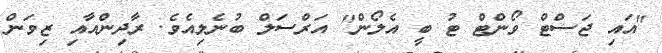
"އައި ޖަސްޓް ވޯންޓް ޓު ބީ އެލޯން" އަރްސަލް ބުނެލިއެވެ. ރާދިންއާއި ޒިވަން